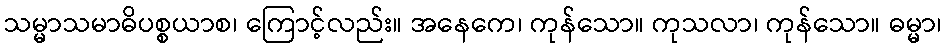
သမ္မာသမာဓိပစ္စယာစ၊ ကြောင့်လည်း။ အနေကေ၊ ကုန်သော။ ကုသလာ၊ ကုန်သော။ ဓမ္မာ၊